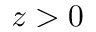
z > 0